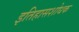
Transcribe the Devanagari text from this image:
इतिहासशोधक